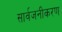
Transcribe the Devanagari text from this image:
सार्वजनीकरण